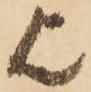
欤